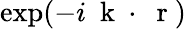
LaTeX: \exp(-i\mathrm{~\mathbf~k~}\cdot\mathrm{~\mathbf~r~})